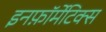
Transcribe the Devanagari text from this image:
इनफ़ॉर्मेटिक्स